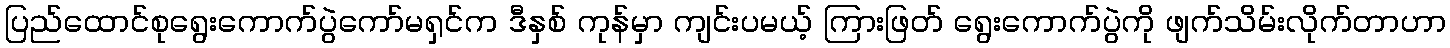
ပြည်ထောင်စုရွေးကောက်ပွဲကော်မရှင်က ဒီနှစ် ကုန်မှာ ကျင်းပမယ့် ကြားဖြတ် ရွေးကောက်ပွဲကို ဖျက်သိမ်းလိုက်တာဟာ